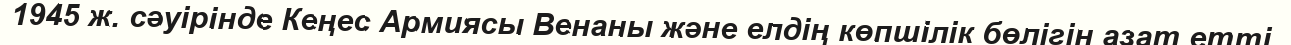
1945 ж. сәуірінде Кеңес Армиясы Венаны және елдің көпшілік бөлігін азат етті.